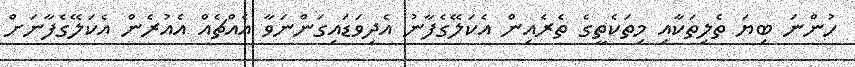
ހުންނަ ބިޔަ ތެލިތަކާއި މިތަކެތީގެ ތެރެއިން އެކަލޭގެފާނު އެދިވަޑައިގަންނަވާ އެއްޗެއް އެއުރެން އެކަލޭގެފާނަށް